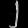
Digit: ၂